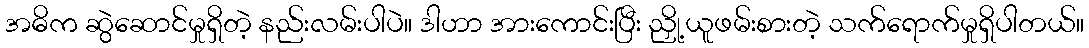
အဓိက ဆွဲဆောင်မှုရှိတဲ့ နည်းလမ်းပါပဲ။ ဒါဟာ အားကောင်းပြီး ညှို့ယူဖမ်းစားတဲ့ သက်ရောက်မှုရှိပါတယ်။